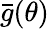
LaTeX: {\bar{g}}(\theta)